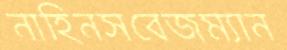
নাহিনসবেজম্যান